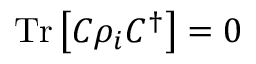
{ \mathrm { T r } } \left[ C \rho _ { i } C ^ { \dagger } \right] = 0